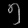
Digit: ၅